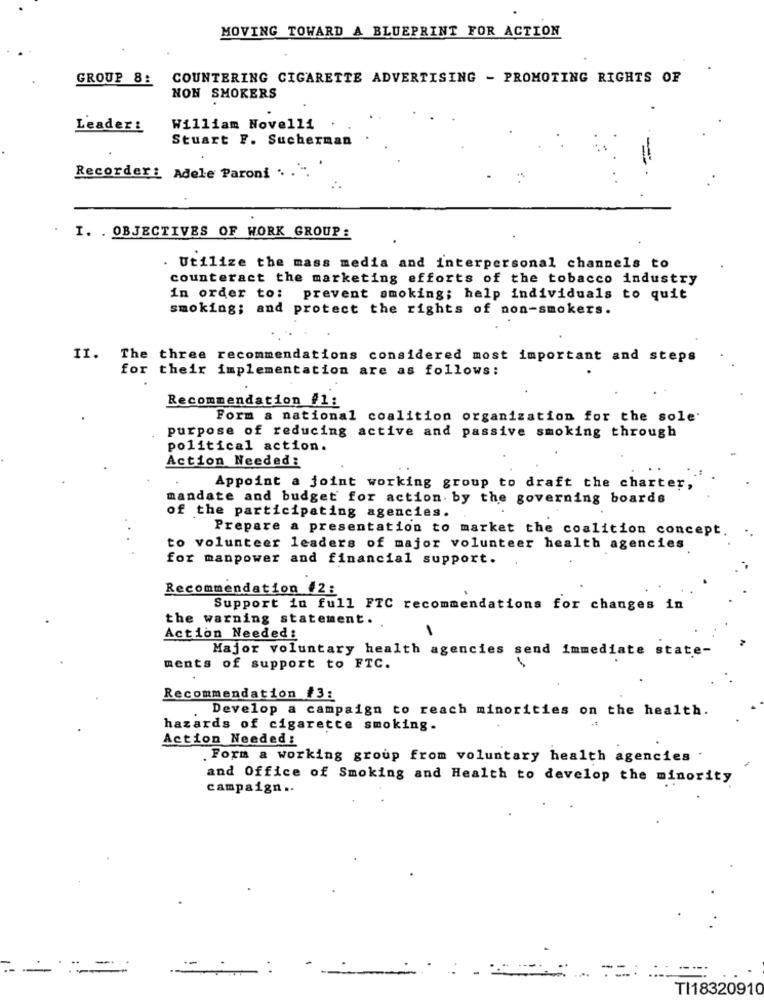
MOVING TOWARD A BLUEPRINT FOR ACTION
GROUP 8:
COUNTERING CIGARETTE ADVERTISING - PROMOTING RIGHTS OF
NON SMOKERS
Leader:
William Novelli
Stuart F. Sucherman
Recorder: Adele Paroni .. . ".
I. . OBJECTIVES OF WORK GROUP:
Utilize the mass media and interpersonal channels to
counteract the marketing efforts of the tobacco industry
in order to: prevent smoking; help individuals to quit
smoking; and protect the rights of non-smokers.
II. The three recommendations considered most important and steps
for their implementation are as follows:
Recommendation #1:
Form a national coalition organization for the sole'
purpose of reducing active and passive smoking through
political action.
Action Needed:
Appoint a joint working group to draft the charter,
mandate and budget for action. by the governing boards
of the participating agencies.
Prepare a presentation to market the coalition concept.
to volunteer leaders of major volunteer health agencies
for manpower and financial support.
Recommendation #2:
Support in full FTC recommendations for changes in
the warning statement.
Action Needed:
Major voluntary health agencies send immediate state-
ments of support to FTC.
Recommendation #3:
Develop a campaign to reach minorities on the health.
hazards of cigarette smoking.
Action Needed:
. Form a working group from voluntary health agencies
and Office of Smoking and Health to develop the minority
campaign ..
--
-...
: ::
TI18320910